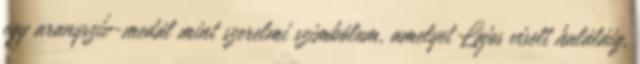
egy aranyszív-medál mint szerelmi szimbólum, amelyet Lajos viselt haláláig,